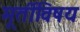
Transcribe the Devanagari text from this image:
मूर्तीविषय